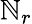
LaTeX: \mathbb{N}_{r}